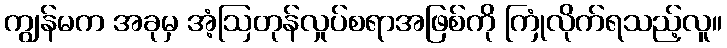
ကျွန်မက အခုမှ အံ့ဩတုန်လှုပ်စရာအဖြစ်ကို ကြုံလိုက်ရသည့်လူ။